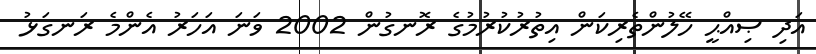
އަދި ޞިއްޙީ ހޭލުންތެރިކަން އިތުރުކުރުމުގެ ރޮނގުން 2002 ވަނަ އަހަރު އެންމެ ރަނގަޅު